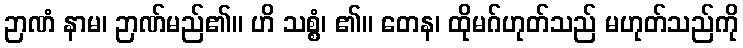
ဉာဏံ နာမ၊ ဉာဏ်မည်၏။ ဟိ သစ္စံ၊ ၏။ တေန၊ ထိုမဂ်ဟုတ်သည် မဟုတ်သည်ကို